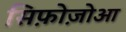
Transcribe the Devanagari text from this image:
सिफ़ोज़ोआ